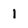
Character: 1